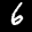
Label: 6